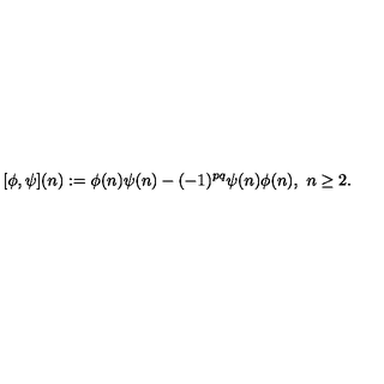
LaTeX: [ \phi , \psi ] ( n ) : = \phi ( n ) \psi ( n ) - ( - 1 ) ^ { p q } \psi ( n ) \phi ( n ) , \ n \geq 2 .